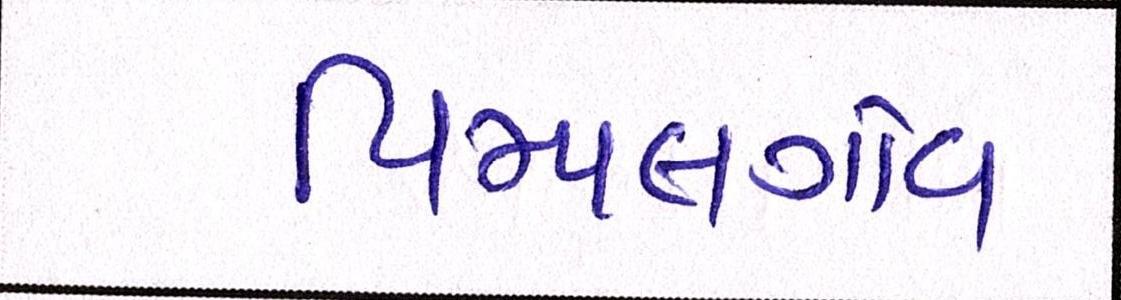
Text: પિમ્પલગાંવ